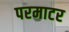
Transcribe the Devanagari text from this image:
परमाटर